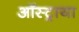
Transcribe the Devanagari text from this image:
ऑस्ट्राया